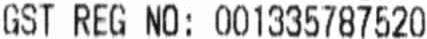
GST REG NO: 001335787520